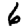
Digit: 6